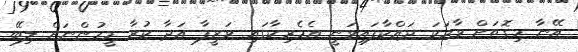
އޭނާ މިގޮތަށް ވާހަކަ ދައްކާފައިވަނީ އެމެރިކާގައި ވަޒީފާ އަދާ ކުރާ މީހުންނަށް ލިބޭ